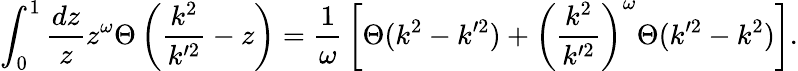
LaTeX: \int_{0}^{1}{\frac{dz}{z}}z^{\omega}\Theta\left({\frac{k^{2}}{k^{\prime 2}}}-z\right)={\frac{1}{\omega}}\left[\Theta(k^{2}-k^{\prime 2})+\left({\frac{k^{2}}{k^{\prime 2}}}\right)^{\omega}\Theta(k^{\prime 2}-k^{2})\right].